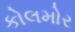
કોલમોર